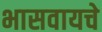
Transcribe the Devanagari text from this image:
भासवायचे